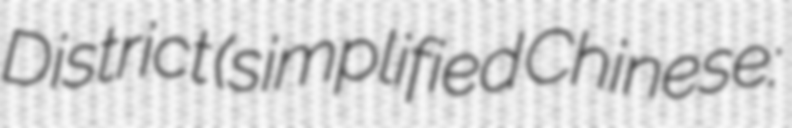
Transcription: District (simplified Chinese: